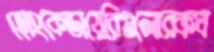
হোংকেডায়েরিগুলোরকব